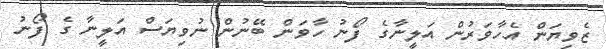
ޒެވިޔަން އެހާވަރުން އަލީނާގެ ފޯނު ހާވަން ބޭނުން ނުވިޔަސް އަލީނާ ގެ ފޯނު